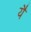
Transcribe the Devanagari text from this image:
यैं